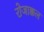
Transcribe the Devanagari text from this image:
रोजाक्कल